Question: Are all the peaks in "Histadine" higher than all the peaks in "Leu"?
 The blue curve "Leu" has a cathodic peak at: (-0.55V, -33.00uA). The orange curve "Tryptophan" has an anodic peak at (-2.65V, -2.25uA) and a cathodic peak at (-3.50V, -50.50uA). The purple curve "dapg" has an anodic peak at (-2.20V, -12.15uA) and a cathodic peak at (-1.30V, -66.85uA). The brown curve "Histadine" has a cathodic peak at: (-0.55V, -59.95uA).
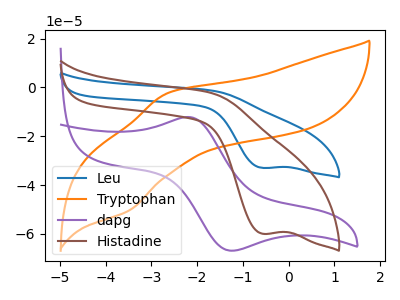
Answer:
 <answer>Every peak in "Histadine" is higher than every peak in "Leu".</answer>
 <eval>higher</eval>